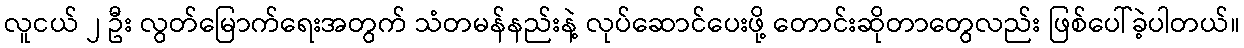
လူငယ် ၂ ဦး လွတ်မြောက်ရေးအတွက် သံတမန်နည်းနဲ့ လုပ်ဆောင်ပေးဖို့ တောင်းဆိုတာတွေလည်း ဖြစ်ပေါ်ခဲ့ပါတယ်။